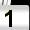
Digit: 1